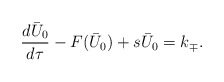
\begin{align*}\frac{d\bar{U}_0}{d \tau}-F(\bar{U}_0)+s\bar{U}_0=k_{\mp}.\end{align*}